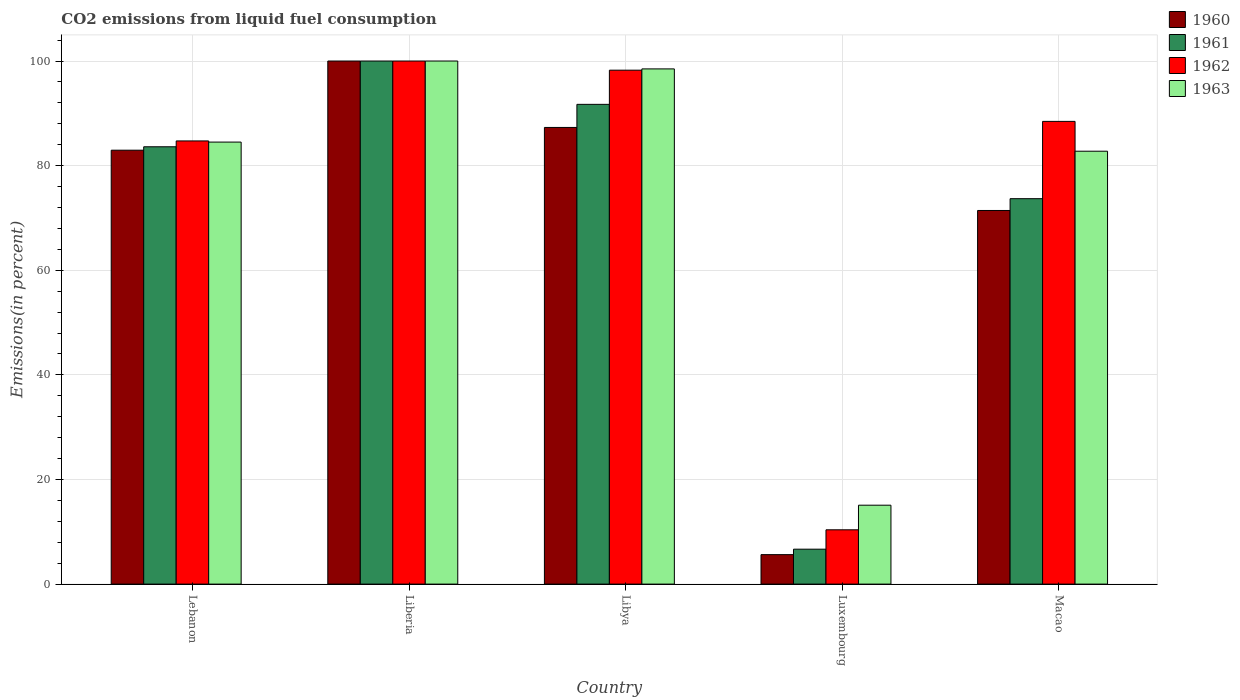
| Country | 1960 | 1961 | 1962 | 1963 |
 | --- | --- | --- | --- | --- |
 | Lebanon | 83 | 83.6 | 84.7 | 84.5 |
 | Liberia | 100 | 100 | 100 | 100 |
 | Libya | 87.3 | 91.7 | 98.3 | 98.5 |
 | Luxembourg | 5.64 | 6.68 | 10.4 | 15.1 |
 | Macao | 71.4 | 73.7 | 88.5 | 82.8 |